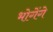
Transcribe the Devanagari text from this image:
भोगेंगे